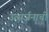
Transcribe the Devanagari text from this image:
उत्सर्जनाची